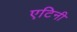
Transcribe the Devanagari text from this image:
एटिनी